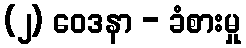
(၂) ဝေဒနာ - ခံစားမှု